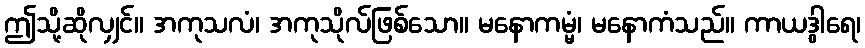
ဤသို့ဆိုလျှင်။ အကုသလံ၊ အကုသိုလ်ဖြစ်သော။ မနောကမ္မံ၊ မနောကံသည်။ ကာယဒွါရေ၊